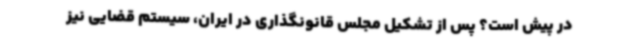
در پیش است؟ پس از تشکیل مجلس قانونگذاری در ایران، سیستم قضایی نیز